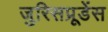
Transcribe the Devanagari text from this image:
जुरिसप्रूडेंस